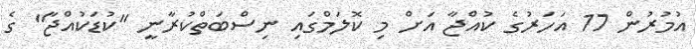
އުމުރުން 17 އަހަރުގެ ކުއްޖާ އަށް މި ކޮލަމްގައި ނިސްބަތްކުރާނީ "ކުޑަކުއްޖާ" ގެ